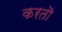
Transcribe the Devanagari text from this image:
करतॊ